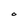
Character: O